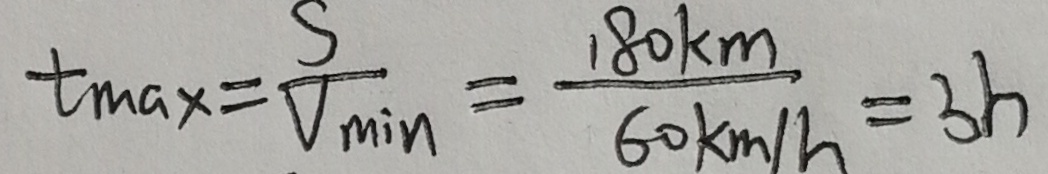
t _ { \max } = \frac { S } { V _ { \min } } = \frac { 1 8 0 k m } { 6 0 k m / h } = 3 h